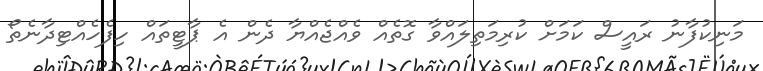
މަނިކުފާނު ރައީސް ކަމަށް ކުރިމަތިލައްވާ ގޮތެއް ވެއްޖެއްޔާ ދެން އެ ޕާޓީތައް ހިފެހެއްޓިދާނެތޯ